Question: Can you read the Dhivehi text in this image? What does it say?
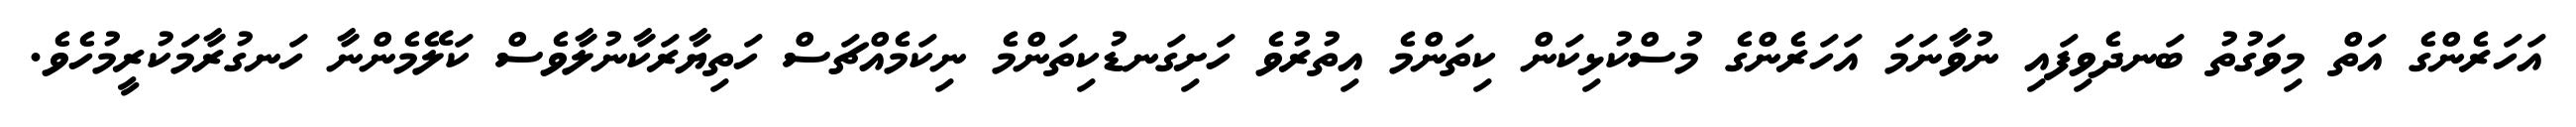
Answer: އަހަރެންގެ އަތް މިވަގުތު ބަނދެވިފައި ނުވާނަމަ އަހަރެންގެ މުސްކުޅިކަން ކިތަންމެ އިތުރުވެ ހަށިގަނޑުކިތަންމެ ނިކަމެއްޗަސް ހަތިޔާރަކާނުލާވެސް ކަލޭމެންނާ ހަނގުރާމަކުރީމުހެވެ.